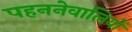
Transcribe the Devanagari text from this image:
पहननेवालियों